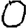
Digit: 0